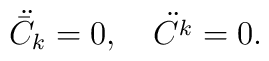
\ddot{{\bar C}_{k}}=0,\quad\ddot{{C}^{k}}=0.